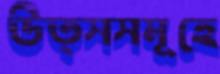
উত্সসমূহে